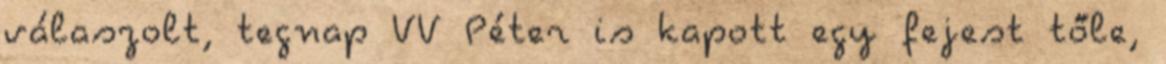
válaszolt, tegnap VV Péter is kapott egy fejest tőle,